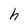
Character: h